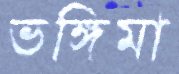
ভঙ্গিমা